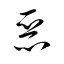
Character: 悪